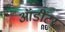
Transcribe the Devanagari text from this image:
ऑडीटर